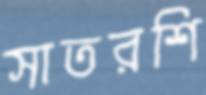
সাতরশি